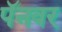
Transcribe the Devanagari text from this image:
पॅनवर